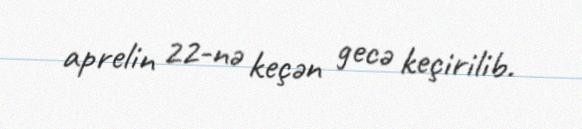
aprelin 22-nə keçən gecə keçirilib.